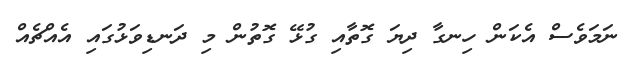
ނަމަވެސް އެކަން ހިނގާ ދިޔަ ގޮތާއި ގުޅޭ ގޮތުން މި ދަނޑިވަޅުގައި އެއްޗެއް